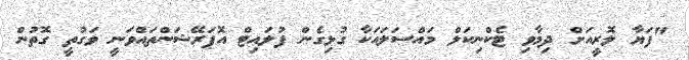
"ފަޔާ ލޮރީއަށް ދިމާވި ޓެކްނިކަލް މައްސަލައަކާ ގުޅިގެން ފުލައިޓް އޮޕަރޭޝަންތައްވަނީ ވަގުތީ ގޮތުން